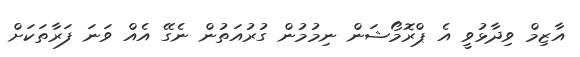
އާޒިމް ވިދާޅުވީ އެ ޕްރޮމޯޝަން ނިމުމުން ގުރުއަތުން ނެގޭ އެއް ވަނަ ފަރާތަކަށް